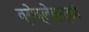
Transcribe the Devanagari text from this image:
व्रोब्लेव्स्की